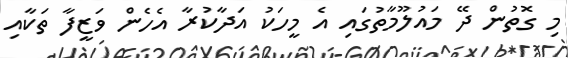
މި ގޮތުން ދޭ މައުލޫމާތުގައި އެ މީހަކު އަދާކުރާ އެހެން ވަޒީފާ ތަކާއި